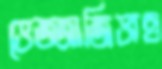
ভেজ্জাজিভাও